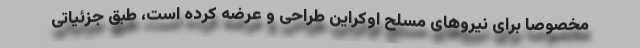
مخصوصا برای نیروهای مسلح اوکراین طراحی و عرضه کرده است، طبق جزئیاتی